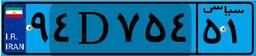
۹۴D۷۵۴۵۱